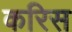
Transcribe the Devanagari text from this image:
करिस